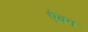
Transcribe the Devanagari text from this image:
ऐबन